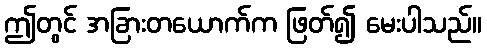
ဤတွင် အခြားတယောက်က ဖြတ်၍ မေးပါသည်။